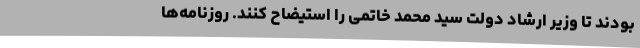
بودند تا وزیر ارشاد دولت سید محمد خاتمی را استیضاح کنند. روزنامه‌ها